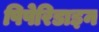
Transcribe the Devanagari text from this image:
पिपेरिडाइन